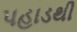
પહાડથી